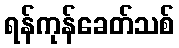
ရန်ကုန်ခေတ်သစ်